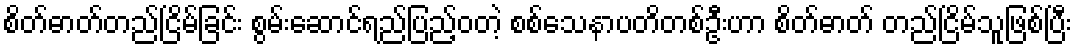
စိတ်ဓာတ်တည်ငြိမ်ခြင်း စွမ်းဆောင်ရည်ပြည့်ဝတဲ့ စစ်သေနာပတိတစ်ဦးဟာ စိတ်ဓာတ် တည်ငြိမ်သူဖြစ်ပြီး